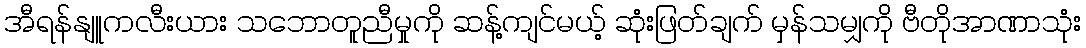
အီရန်နျူကလီးယား သဘောတူညီမှုကို ဆန့်ကျင်မယ့် ဆုံးဖြတ်ချက် မှန်သမျှကို ဗီတိုအာဏာသုံး